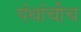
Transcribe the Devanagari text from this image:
पंथांचीच